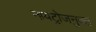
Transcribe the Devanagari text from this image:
नायट्रोजनुक्त